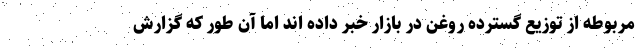
مربوطه از توزیع گسترده روغن در بازار خبر داده اند اما آن طور که گزارش